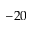
- 2 0